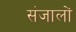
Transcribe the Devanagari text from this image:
संजालों